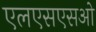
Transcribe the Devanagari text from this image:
एलएसएसओ